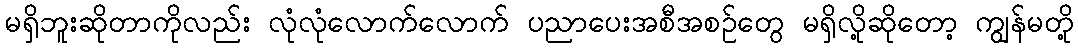
မရှိဘူးဆိုတာကိုလည်း လုံလုံလောက်လောက် ပညာပေးအစီအစဉ်တွေ မရှိလို့ဆိုတော့ ကျွန်မတို့